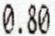
0.80